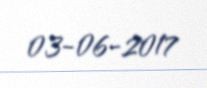
03-06-2017